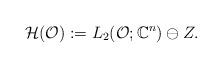
LaTeX: \begin{align*}\mathcal{H}(\mathcal{O}):=L_2(\mathcal{O};\mathbb{C}^n)\ominus Z.\end{align*}